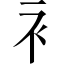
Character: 衤